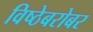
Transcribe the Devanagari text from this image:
विष्ठेबरोबर